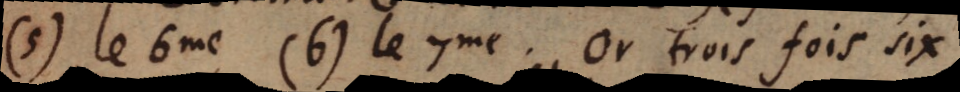
(5) le 6me (6) le 7me. Or trois fois six